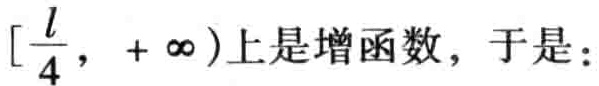
$\left[\frac{l}{4},+\infty\right)$上是增函数，于是：